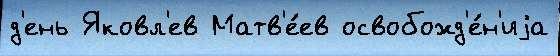
д'ень Яковл'ев Матв'е́ев освобожд'е́н'иjа